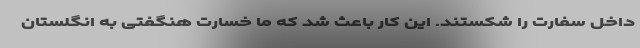
داخل سفارت را شکستند. این کار باعث شد که ما خسارت هنگفتی به انگلستان